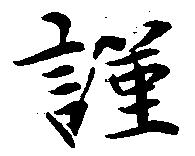
謹